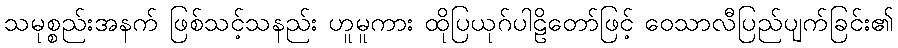
သမုစ္စည်းအနက် ဖြစ်သင့်သနည်း ဟူမူကား ထိုပြယုဂ်ပါဠိတော်ဖြင့် ဝေသာလီပြည်ပျက်ခြင်း၏